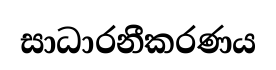
සාධාරනීකරණය